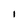
Character: 1